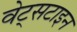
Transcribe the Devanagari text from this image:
वेट्सटाइन